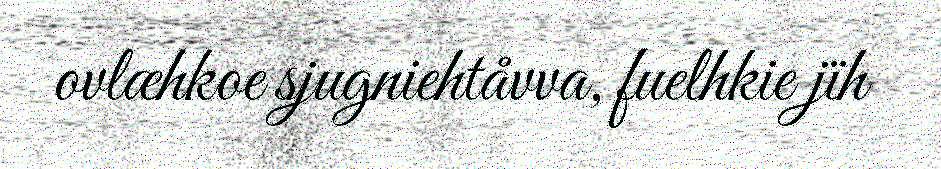
ovlæhkoe sjugniehtåvva, fuelhkie jïh